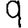
Digit: 9